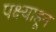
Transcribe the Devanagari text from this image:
पक्ष्याहून